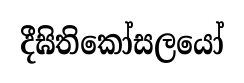
දීඝිතිකෝසලයෝ